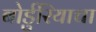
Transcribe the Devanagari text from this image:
बोर्डुरियाचा